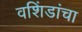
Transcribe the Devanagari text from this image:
वशिंडांचा